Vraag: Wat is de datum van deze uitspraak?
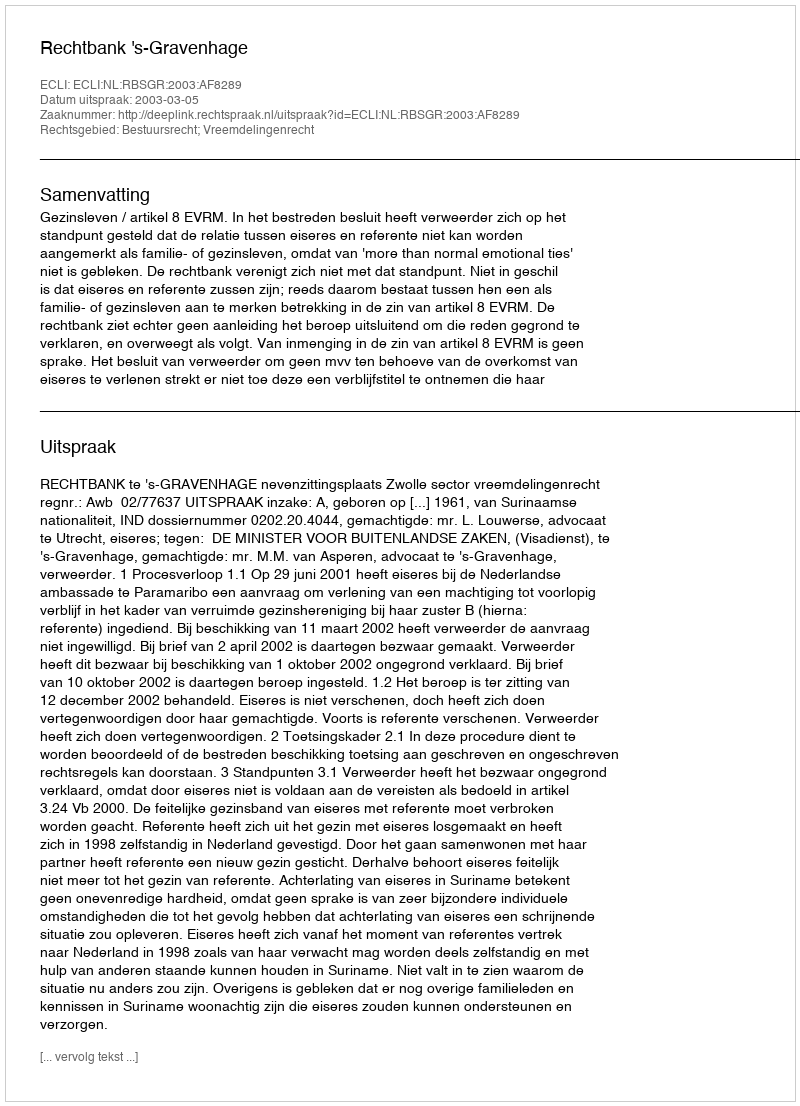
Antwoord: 2003-03-05